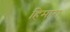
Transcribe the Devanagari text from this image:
हिमारा